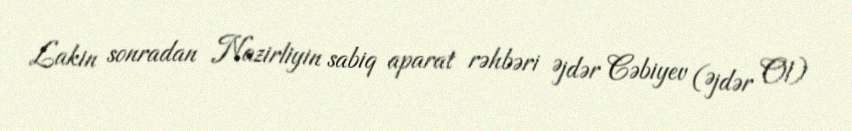
Lakin sonradan Nazirliyin sabiq aparat rəhbəri Əjdər Cəbiyev (Əjdər Ol)